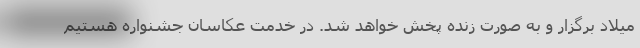
میلاد برگزار و به صورت زنده پخش خواهد شد. در خدمت عکاسان جشنواره هستیم